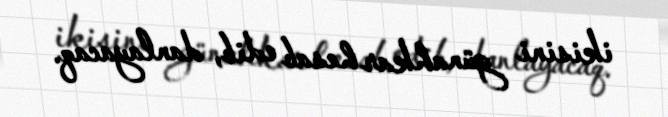
ikisini günahkar hesab edib, danlayacaq.